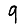
Digit: 9